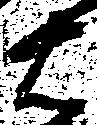
右